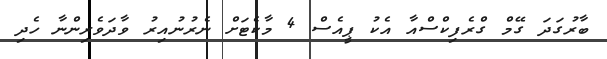
ބާރުގަދަ ގޭމް ގްރެފިކްސްއާ އެކު ޕީއެސް 4 މާކެޓަށް ނެރުނުއިރު ވާދަވެރިންނާ ހެދި